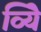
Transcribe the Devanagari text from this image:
व्यिे